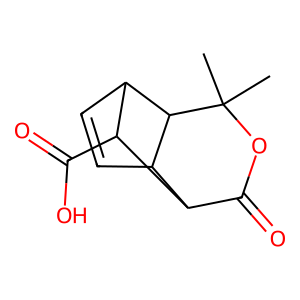
SMILES: CC1(C)OC(=O)C2C3C=CC(C2C(=O)O)C31
Inhibits HIV replication: No